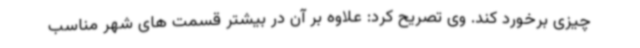
چیزی برخورد کند. وی تصریح کرد: علاوه بر آن در بیشتر قسمت های شهر مناسب